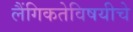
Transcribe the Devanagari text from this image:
लैंगिकतेविषयीचे